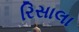
રિસાલા